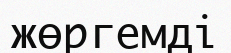
жөргемді